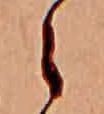
ら